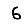
Digit: 6